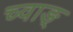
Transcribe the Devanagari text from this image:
च्वाङ्